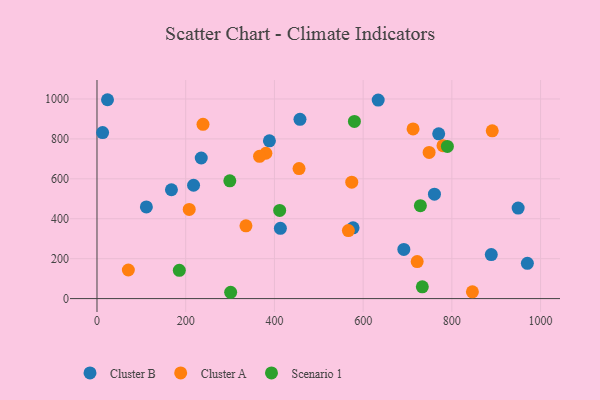
{"axis": {"x": "Experience", "y": "Rating"}, "legend": ["Cluster A", "Cluster B", "Scenario 1"], "data": [{"x": "949.4", "y": 453.7, "type": "Cluster B"}, {"x": "217.7", "y": 567.7, "type": "Cluster B"}, {"x": "760.7", "y": 523.1, "type": "Cluster B"}, {"x": "888.8", "y": 220.3, "type": "Cluster B"}, {"x": "770.3", "y": 825.4, "type": "Cluster B"}, {"x": "457.6", "y": 898.1, "type": "Cluster B"}, {"x": "413.4", "y": 352.0, "type": "Cluster B"}, {"x": "691.7", "y": 246.5, "type": "Cluster B"}, {"x": "235.0", "y": 704.3, "type": "Cluster B"}, {"x": "633.9", "y": 994.3, "type": "Cluster B"}, {"x": "970.2", "y": 176.7, "type": "Cluster B"}, {"x": "12.7", "y": 831.9, "type": "Cluster B"}, {"x": "111.3", "y": 459.4, "type": "Cluster B"}, {"x": "167.8", "y": 545.3, "type": "Cluster B"}, {"x": "577.3", "y": 354.7, "type": "Cluster B"}, {"x": "388.7", "y": 790.5, "type": "Cluster B"}, {"x": "23.7", "y": 996.3, "type": "Cluster B"}, {"x": "566.7", "y": 340.6, "type": "Cluster A"}, {"x": "380.7", "y": 728.1, "type": "Cluster A"}, {"x": "455.5", "y": 651.2, "type": "Cluster A"}, {"x": "712.5", "y": 850.0, "type": "Cluster A"}, {"x": "574.3", "y": 583.3, "type": "Cluster A"}, {"x": "207.9", "y": 446.9, "type": "Cluster A"}, {"x": "748.7", "y": 732.1, "type": "Cluster A"}, {"x": "335.8", "y": 364.5, "type": "Cluster A"}, {"x": "70.7", "y": 143.3, "type": "Cluster A"}, {"x": "846.3", "y": 34.1, "type": "Cluster A"}, {"x": "780.0", "y": 766.2, "type": "Cluster A"}, {"x": "239.0", "y": 873.1, "type": "Cluster A"}, {"x": "891.0", "y": 840.5, "type": "Cluster A"}, {"x": "721.8", "y": 185.3, "type": "Cluster A"}, {"x": "366.4", "y": 712.7, "type": "Cluster A"}, {"x": "299.4", "y": 590.0, "type": "Scenario 1"}, {"x": "729.0", "y": 465.4, "type": "Scenario 1"}, {"x": "301.3", "y": 31.6, "type": "Scenario 1"}, {"x": "411.8", "y": 441.9, "type": "Scenario 1"}, {"x": "733.4", "y": 59.0, "type": "Scenario 1"}, {"x": "789.9", "y": 762.2, "type": "Scenario 1"}, {"x": "185.6", "y": 141.8, "type": "Scenario 1"}, {"x": "580.3", "y": 887.5, "type": "Scenario 1"}]}